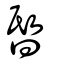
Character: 𣇻